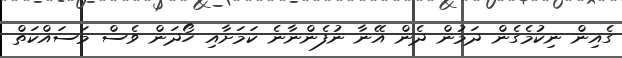
ގެއިން ނިކުމެގެން ދަމުން ދެން އޭނާ ނުފެންނާނެ ކަމަށާއި ހޯދަން ވެސް މަސައްކަތް